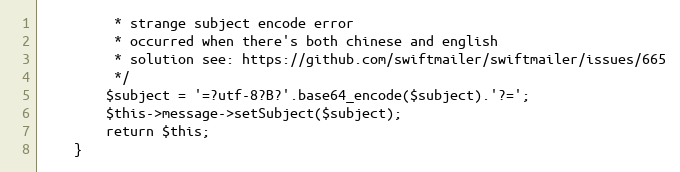
Language: PHP
         * strange subject encode error
         * occurred when there's both chinese and english
         * solution see: https://github.com/swiftmailer/swiftmailer/issues/665
         */
        $subject = '=?utf-8?B?'.base64_encode($subject).'?=';
        $this->message->setSubject($subject);
        return $this;
    }